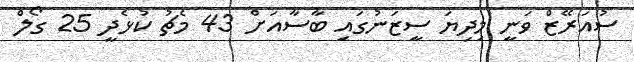
ސުއަރޭޒް ވަނީ މިދިޔަ ސީޒަނުގައި ބާސާއަށް 43 މެޗު ކުޅެދީ 25 ގޯލް